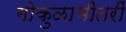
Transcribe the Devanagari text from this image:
गोकुळाभीतरीं